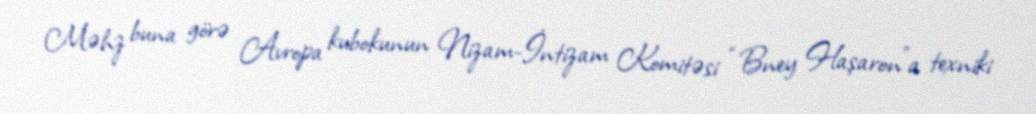
Məhz buna görə Avropa kubokunun Nizam-İntizam Komitəsi “Bney Haşaron”a texniki